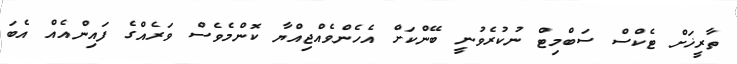
ތާރީޚަށް ޓެކްސް ސަބްމިޓް ނުކުރެވުނީ ބޭންކަށް އެހެންވެއްޖިއްޔާ ކޮންމެވެސް ވަރެއްގެ ފައިންއެއް އެބަ